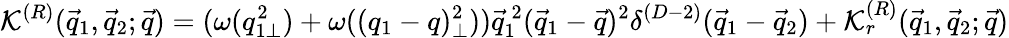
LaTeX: {\cal K}^{(R)}({\vec{q}}_{1},{\vec{q}}_{2};{\vec{q}})=(\omega(q_{1\perp}^{2})+\omega((q_{1}-q)_{\perp}^{2}))\vec{q}_{1}^{~2}({\vec{q}}_{1}-{\vec{q}})^{2}\delta^{(D-2)}({\vec{q}}_{1}-{\vec{q}}_{2})+{\cal K}_{r}^{(R)}({\vec{q}}_{1},{\vec{q}}_{2};{\vec{q}})